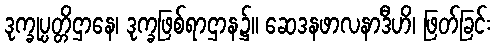
ဒုက္ခုပ္ပတ္တိဌာနေ၊ ဒုက္ခဖြစ်ရာဌာန၌။ ဆေဒနဖာလနာဒီဟိ၊ ဖြတ်ခြင်း